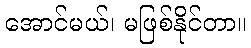
အောင်မယ်၊ မဖြစ်နိုင်တာ။